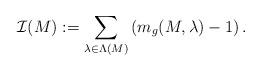
LaTeX: \begin{align*}\mathcal{I}(M):=\sum_{\lambda\in\Lambda(M)}\left(m_{g}(M,\lambda)-1\right).\end{align*}